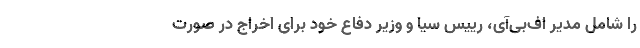
را شامل مدیر اف‌بی‌آی، رییس سیا و وزیر دفاع خود برای اخراج در صورت